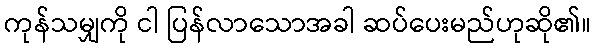
ကုန်သမျှကို ငါ ပြန်လာသောအခါ ဆပ်ပေးမည်ဟုဆို၏။